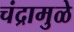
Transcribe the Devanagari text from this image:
चंद्रामुळे